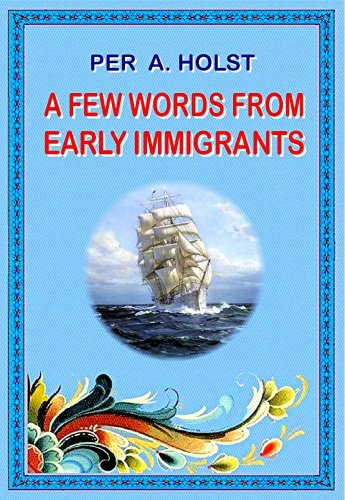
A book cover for A Few Words From Early Immigrants (Norwegian Emigration Literature); Travel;